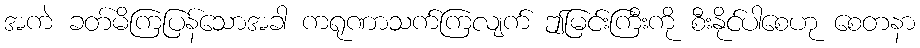
အကဲ ခတ်မိကြပြန်သောအခါ ကရုဏာသက်ကြလျက် ဤမြင်းကြီးကို စီးနိုင်ပါစေဟု စေတနာ